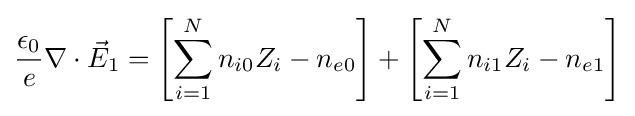
{\epsilon _{0} \over e}\nabla \cdot {\vec {E}}_{1}=\left[\sum _{i=1}^{N}n_{i0}Z_{i}-n_{e0}\right]+\left[\sum _{i=1}^{N}n_{i1}Z_{i}-n_{e1}\right]